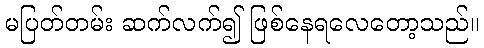
မပြတ်တမ်း ဆက်လက်၍ ဖြစ်နေရလေတော့သည်။